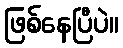
ဖြစ်နေပြီပဲ။